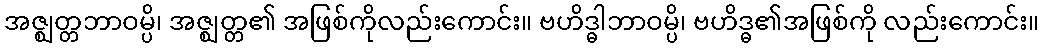
အဇ္ဈတ္တဘာဝမ္ပိ၊ အဇ္ဈတ္တ၏ အဖြစ်ကိုလည်းကောင်း။ ဗဟိဒ္ဓါဘာဝမ္ပိ၊ ဗဟိဒ္ဓ၏အဖြစ်ကို လည်းကောင်း။